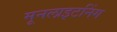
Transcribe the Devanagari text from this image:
मूनलाइटनिंग